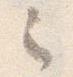
之